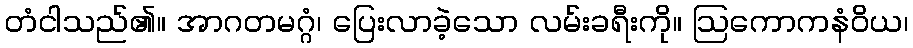
တံငါသည်၏။ အာဂတမဂ္ဂံ၊ ပြေးလာခဲ့သော လမ်းခရီးကို။ ဩကောကနံဝိယ၊